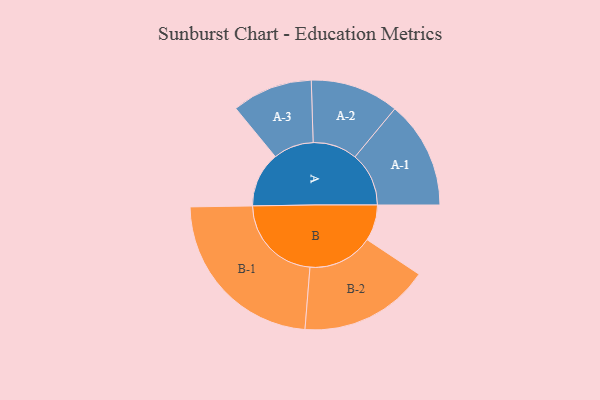
{"axis": {"x": "Segment", "y": "Value"}, "legend": ["", "A", "B"], "data": [{"x": "A", "y": 179, "type": ""}, {"x": "B", "y": 117, "type": ""}, {"x": "A-1", "y": 175, "type": "A"}, {"x": "A-2", "y": 144, "type": "A"}, {"x": "A-3", "y": 131, "type": "A"}, {"x": "B-1", "y": 294, "type": "B"}, {"x": "B-2", "y": 212, "type": "B"}]}